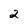
Character: 2